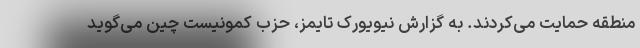
منطقه حمایت می‌کردند. به گزارش نیویورک تایمز، حزب کمونیست چین می‌گوید